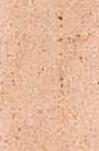
候